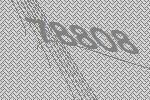
78808